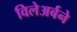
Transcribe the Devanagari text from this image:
विलेअर्बने